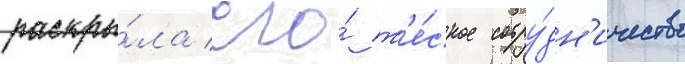
раскры́ла его́ т'е́сное сотру́дн'ичество